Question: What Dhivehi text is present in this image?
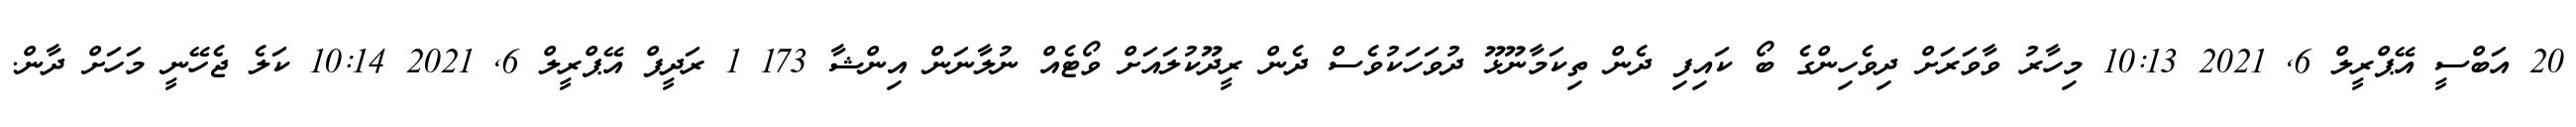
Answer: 20 އަބްސީ އޭޕްރީލް 6, 2021 10:13 މިހާރު ވާވަރަށް ދިވެހިންގެ ބޯ ކައިފި ދެން ތިކަމާނޫޅޫ ދުވަހަކުވެސް ދެން ރީދޫކުލައަށް ވޯޓެއް ނުލާނަން އިންޝާ 173 1 ރަދީފް އޭޕްރީލް 6, 2021 10:14 ކަލެ ޖެހޭނީ މަހަށް ދާން.